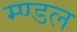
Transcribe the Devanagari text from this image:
म्ण्डल